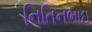
નિતિનભાઇ